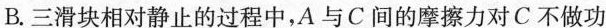
B.三滑块相对静止的过程中，A与C间的摩擦力对C不做功